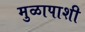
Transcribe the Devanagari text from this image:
मुळापाशी